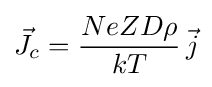
{\vec {J}}_{c}={\frac {NeZD\rho }{kT}}\,{\vec {j}}